画像に写った文字を読んでください
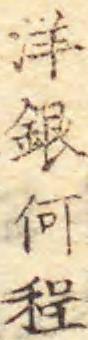
「洋銀何程」と書いてあります